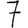
Digit: 7